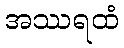
အဿရထံ